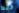
فقط